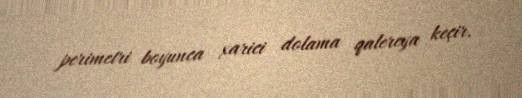
perimetri boyunca xarici dolama qalereya keçir.